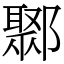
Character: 鄹